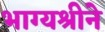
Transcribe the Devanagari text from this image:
भाग्यश्रीने